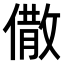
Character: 𠎭